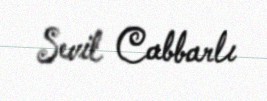
Sevil Cabbarlı